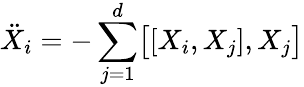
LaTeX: {\ddot{X}_{i}}=-\sum_{j=1}^{d}\bigl[[X_{i},X_{j}],X_{j}\bigr]